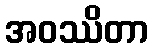
အဝဿိတာ